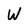
Character: W